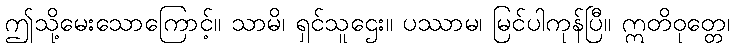
ဤသို့မေးသောကြောင့်။ သာမိ၊ ရှင်သူဌေး။ ပဿာမ၊ မြင်ပါကုန်ပြီ။ ဣတိဝုတ္တေ၊